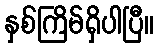
နှစ်ကြိမ်ရှိပါပြီ။